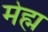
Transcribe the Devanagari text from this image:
मेह्म